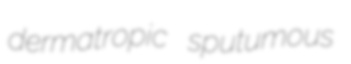
dermatropic sputumous